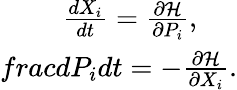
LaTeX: \begin{array}{r}{\frac{dX_{i}}{dt}=\frac{\partial\mathcal{H}}{\partial P_{i}},\ \ \ \ \ }\\ {frac{dP_{i}}{dt}=-\frac{\partial\mathcal{H}}{\partial X_{i}}.}\end{array}